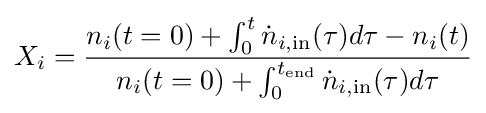
X_{i}={\frac {n_{i}(t=0)+\int _{0}^{t}{\dot {n}}_{i,{\text{in}}}(\tau )d\tau -n_{i}(t)}{n_{i}(t=0)+\int _{0}^{t_{\text{end}}}{\dot {n}}_{i,{\text{in}}}(\tau )d\tau }}